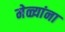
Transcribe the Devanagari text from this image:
मेळ्यांना